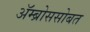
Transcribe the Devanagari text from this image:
ॲम्ब्रोससोबत